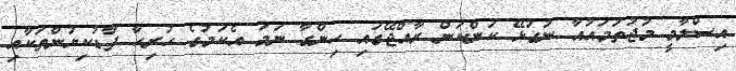
އިސްލާމީ މުޖުތަމައުއާ ނުގުޅޭ ކަންކަން ރާއްޖޭގައި ހިންގާ ނަމަ އެކަމުގެ ހުރިހާ ފާޑުކިޔުންތަކާއި